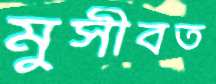
মুসীবত